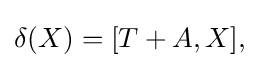
\displaystyle {\delta (X)=[T+A,X],}